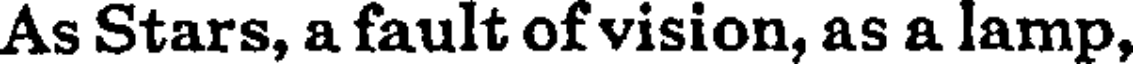
As Stars, a fault of vision, as a lamp,